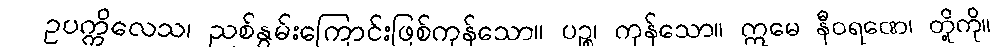
ဥပက္ကိလေသ၊ ညစ်နွမ်းကြောင်းဖြစ်ကုန်သော။ ပဉ္စ၊ ကုန်သော။ ဣမေ နီဝရဏေ၊ တို့ကို။